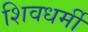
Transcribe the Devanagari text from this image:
शिवधर्मी